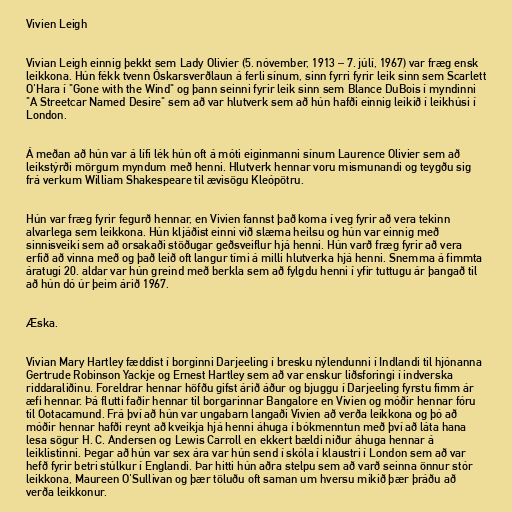
Vivien Leigh

Vivian Leigh einnig þekkt sem Lady Olivier (5. nóvember, 1913 – 7. júlí, 1967) var fræg ensk
leikkona. Hún fékk tvenn Óskarsverðlaun á ferli sínum, sinn fyrri fyrir leik sinn sem Scarlett
O'Hara í "Gone with the Wind" og þann seinni fyrir leik sinn sem Blance DuBois í myndinni
"A Streetcar Named Desire" sem að var hlutverk sem að hún hafði einnig leikið í leikhúsi í
London.

Á meðan að hún var á lífi lék hún oft á móti eiginmanni sínum Laurence Olivier sem að
leikstýrði mörgum myndum með henni. Hlutverk hennar voru mismunandi og teygðu sig
frá verkum William Shakespeare til ævisögu Kleópötru.

Hún var fræg fyrir fegurð hennar, en Vivien fannst það koma í veg fyrir að vera tekinn
alvarlega sem leikkona. Hún kljáðist einni við slæma heilsu og hún var einnig með
sinnisveiki sem að orsakaði stöðugar geðsveiflur hjá henni. Hún varð fræg fyrir að vera
erfið að vinna með og það leið oft langur tími á milli hlutverka hjá henni. Snemma á fimmta
áratugi 20. aldar var hún greind með berkla sem að fylgdu henni í yfir tuttugu ár þangað til
að hún dó úr þeim árið 1967.

Æska.

Vivian Mary Hartley fæddist í borginni Darjeeling í bresku nýlendunni í Indlandi til hjónanna
Gertrude Robinson Yackje og Ernest Hartley sem að var enskur liðsforingi í indverska
riddaraliðinu. Foreldrar hennar höfðu gifst árið áður og bjuggu í Darjeeling fyrstu fimm ár
æfi hennar. Þá flutti faðir hennar til borgarinnar Bangalore en Vivien og móðir hennar fóru
til Ootacamund. Frá því að hún var ungabarn langaði Vivien að verða leikkona og þó að
móðir hennar hafði reynt að kveikja hjá henni áhuga í bókmenntun með því að láta hana
lesa sögur H. C. Andersen og Lewis Carroll en ekkert bældi niður áhuga hennar á
leiklistinni. Þegar að hún var sex ára var hún send í skóla í klaustri í London sem að var
hefð fyrir betri stúlkur í Englandi. Þar hitti hún aðra stelpu sem að varð seinna önnur stór
leikkona, Maureen O'Sullivan og þær töluðu oft saman um hversu mikið þær þráðu að
verða leikkonur.